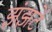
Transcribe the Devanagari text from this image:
झंझटें